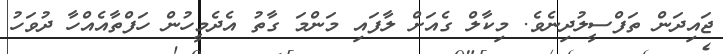
ޖައިދަން ތަފްސީލުދިނެވެ. މިކާލް ގެއަށް ލާފައި މަންމަ ގާތު އެދެމީހުން ހަފްތާއެއްހާ ދުވަހު